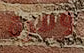
ومرة